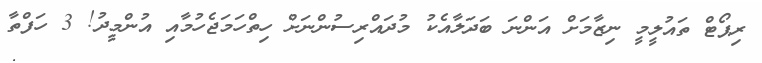
ރިޕޯޓް ތައުލީމީ ނިޒާމަށް އަންނަ ބަދަލާއެކު މުދައްރިސުންނަށް ހިތްހަމަޖެހުމާއި އުންމީދު! 3 ހަފްތާ